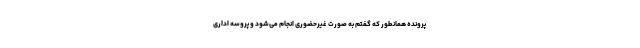
پرونده همانطور که گفتم به صورت غیرحضوری انجام می‌شود و پروسه اداری